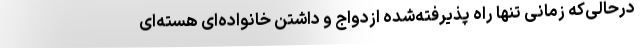
درحالی‌که زمانی تنها راه پذیرفته‌شده ازدواج و داشتن خانواده‌ای هسته‌ای